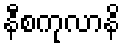
နီစကုလာနိ